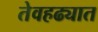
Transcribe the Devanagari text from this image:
तेवहढ्यात